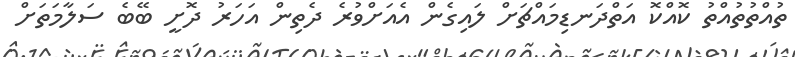
ތުއްތުތުއްތު ކޮއްކޮ އަތްދަނޑިމައްޗަށް ލައިގެން އެއަށްވުރެ ދެތިން އަހަރު ދޮށީ ބޭބެ ސަލާމަތަށް